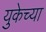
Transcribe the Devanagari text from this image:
युकेच्या